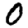
Digit: 0